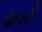
વાવટો